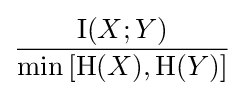
{\frac {\operatorname {I} (X;Y)}{\min \left[\mathrm {H} (X),\mathrm {H} (Y)\right]}}